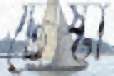
টেষ্টা